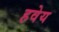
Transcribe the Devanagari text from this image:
हवेय